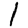
Digit: 1